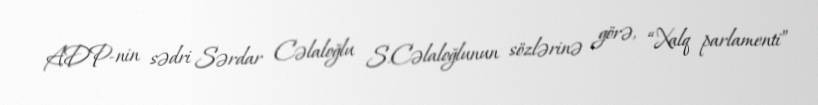
ADP-nin sədri Sərdar Cəlaloğlu S.Cəlaloğlunun sözlərinə görə, “Xalq parlamenti”